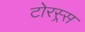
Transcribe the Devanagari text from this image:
टोरस्र्स